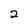
Character: 2